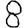
Digit: 8